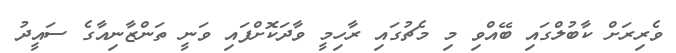
ވެރިރަށް ކާބުލްގައި ބޭއްވި މި މެޗުގައި ރާހިމީ ވާދަކޮށްފައި ވަނީ ތަންޒާނިއާގެ ސައީދު